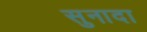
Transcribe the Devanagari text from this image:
सुनादा